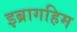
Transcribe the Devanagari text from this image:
इब्रागहिम